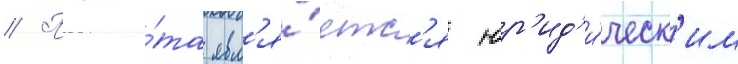
// Пала́та явл'я́етс'я юр'ид'и́ческ'им